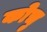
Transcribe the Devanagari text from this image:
कोचु